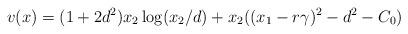
LaTeX: \begin{align*}v(x)=(1+2d^2) x_2 \log (x_2/d) + x_2 ((x_1-r\gamma)^2-d^2-C_0)\end{align*}